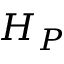
H _ { P }